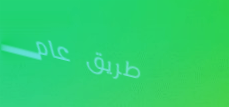
طريق عام